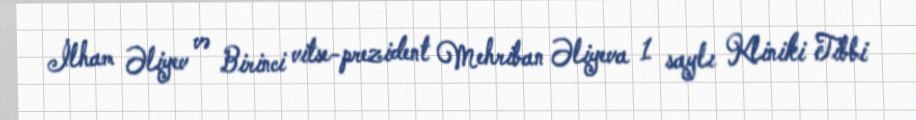
İlham Əliyev və Birinci vitse-prezident Mehriban Əliyeva 1 saylı Kliniki Tibbi